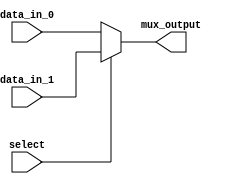
module mux_2to1 (
    input wire data_in_0,
    input wire data_in_1,
    input wire select,
    output reg mux_output
);

always @(*) begin
    if (select == 0)
        mux_output = data_in_0;
    else
        mux_output = data_in_1;
end

endmodule